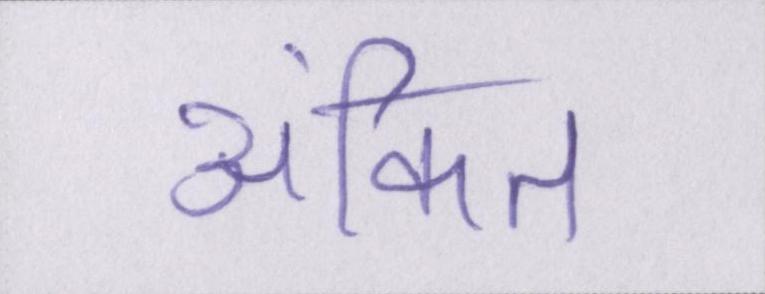
अंकित